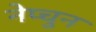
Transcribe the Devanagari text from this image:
नेप्चुन